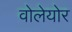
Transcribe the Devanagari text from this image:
वोलेयोर